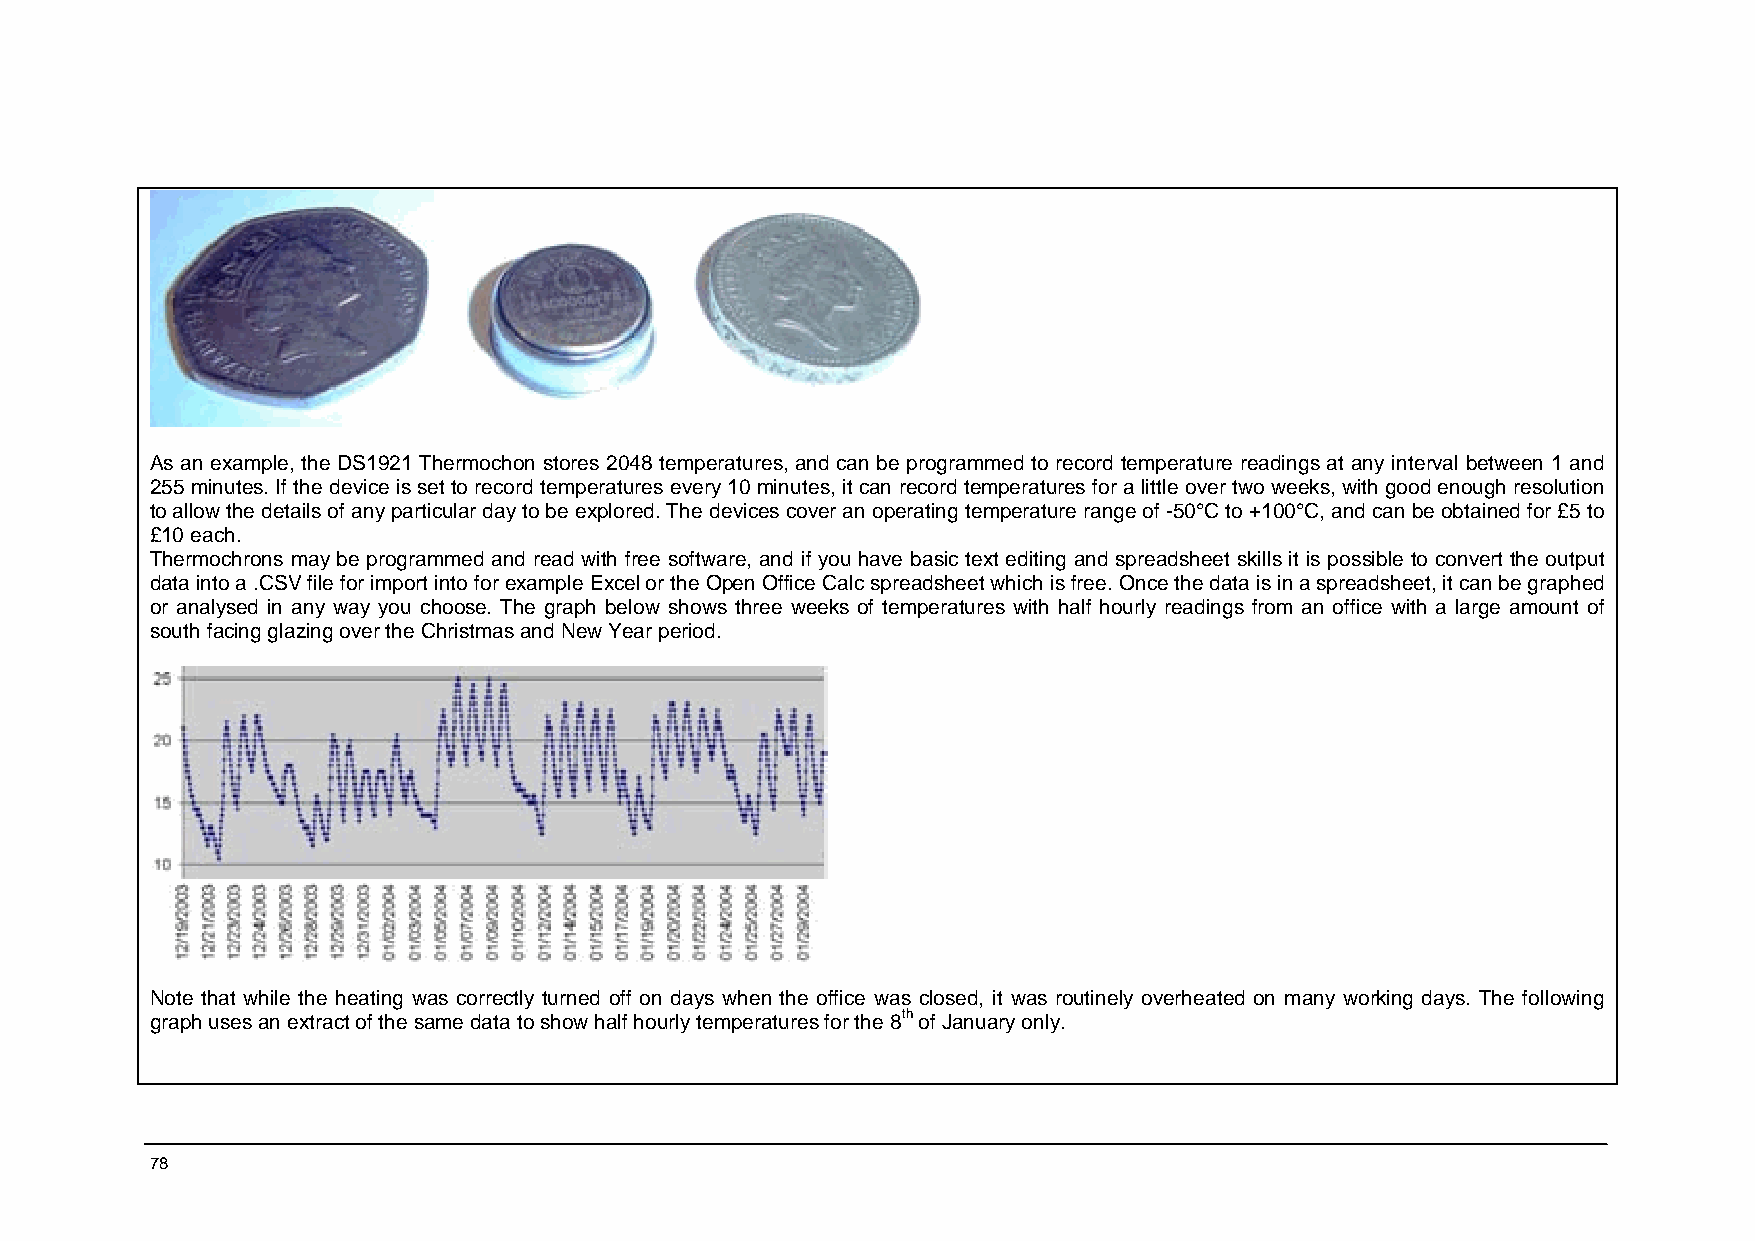
As an example, the DS1921 Thermochon stores 2048 temperatures, and can be programmed to record temperature readings at any interval between 1 and
 255 minutes. If the device is set to record temperatures every 10 minutes, it can record temperatures for a little over two weeks, with good enough resolution
 to allow the details of any particular day to be explored. The devices cover an operating temperature range of -50°C to +100°C, and can be obtained for £5 to
 £10 each.
 Thermochrons may be programmed and read with free software, and if you have basic text editing and spreadsheet skills it is possible to convert the output
 data into a .CSV file for import into for example Excel or the Open Office Calc spreadsheet which is free. Once the data is in a spreadsheet, it can be graphed
 or analysed in any way you choose. The graph below shows three weeks of temperatures with half hourly readings from an office with a large amount of
 south facing glazing over the Christmas and New Year period.
 Note that while the heating was correctly turned off on days when the office was closed, it was routinely overheated on many working days. The following
 graph uses an extract of the same data to show half hourly temperatures for the 8th of January only.
 78